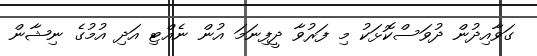
ގަވާއިދުން ދުވަސްކޮޅަކު މި ފަރުވާ ދީފިނަމަ އުން ނެއްޓި އަދި އުމުގެ ނިޝާން